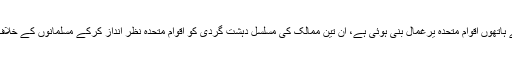
بظاہر یہی نظر آتا ہے کہ امریکہ بھارت اور اسرائیل کے ہاتھوں اقوام متحدہ یرغمال بنی ہوئی ہے، ان تین ممالک کی مسلسل دہشت گردی کو اقوام متحدہ نظر انداز کرکے مسلمانوں کے خلاف ہونے والی ہر کاروائی سے آنکھیں بند کیے ہوئے ہے ۔